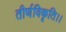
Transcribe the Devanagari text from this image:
तीर्णविकृति।।